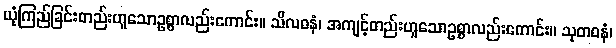
ယုံကြည်ခြင်းတည်းဟူသောဥစ္စာလည်းကောင်း။ သီလဓနံ၊ အကျင့်တည်းဟူသောဥစ္စာလည်းကောင်း။ သုတဓနံ၊